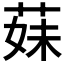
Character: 𦳀